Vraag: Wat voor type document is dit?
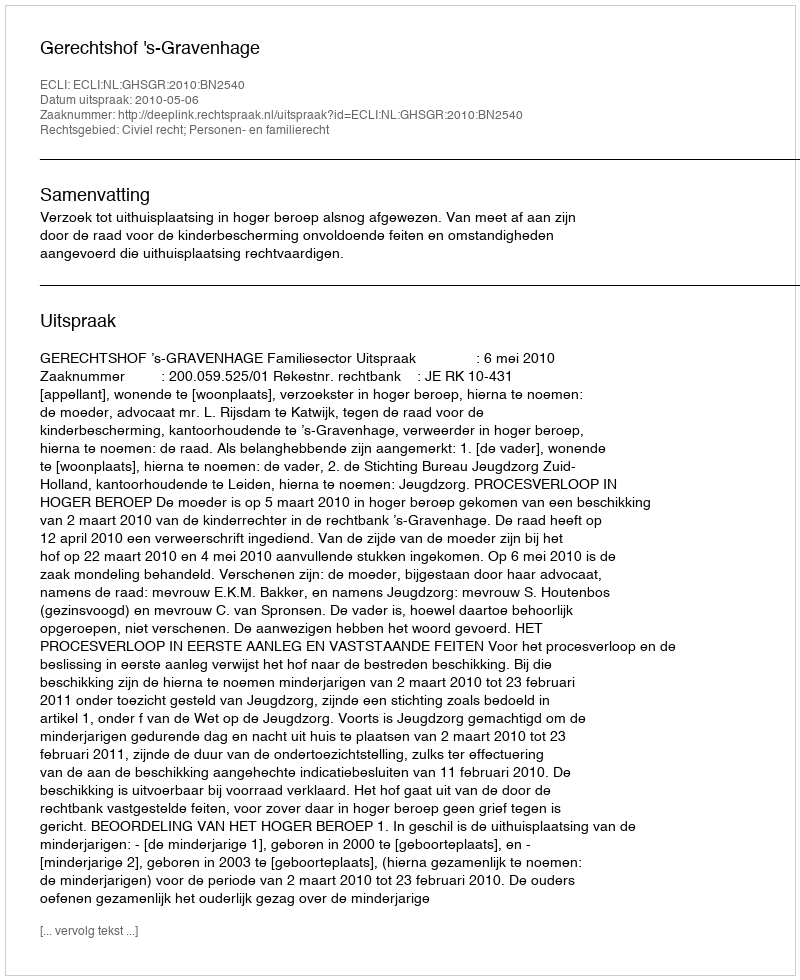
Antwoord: Uitspraak